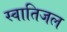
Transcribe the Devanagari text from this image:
स्वातिजल